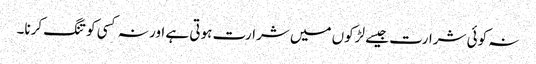
نہ کوئی شرارت جیسے لڑکوں میں شرارت ہوتی ہے اور نہ کسی کو تنگ کرنا۔